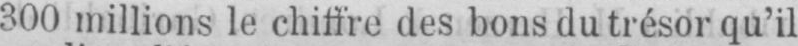
300 millions le chiffre des bons du trésor qu’il